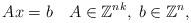
LaTeX: \begin{align*} Ax = b \ \ \ A \in \mathbb{Z}^{nk}, \; b \in \mathbb{Z}^{n},\end{align*}